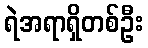
ရဲအရာရှိတစ်ဦး